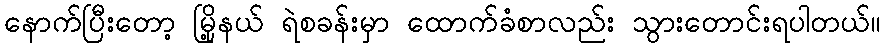
နောက်ပြီးတော့ မြို့နယ် ရဲစခန်းမှာ ထောက်ခံစာလည်း သွားတောင်းရပါတယ်။